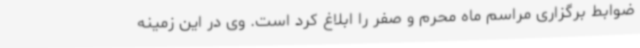
ضوابط برگزاری مراسم ماه محرم و صفر را ابلاغ کرد است. وی در این زمینه